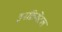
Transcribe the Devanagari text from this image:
इनक्रिमेंटल